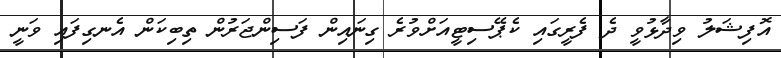
އޮފިޝަލު ވިދާޅުވީ ދެ ފެރީގައި ކެޕޭސިޓީއަށްވުރެ ގިނައިން ފަސިންޖަރުން ތިބިކަން އެނގިފައި ވަނީ